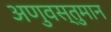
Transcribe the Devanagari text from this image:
अणुवस्तुमान